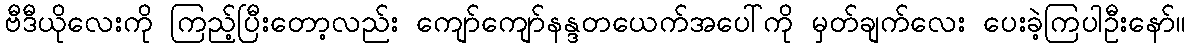
ဗီဒီယိုလေးကို ကြည့်ပြီးတော့လည်း ကျော်ကျော်နန္ဒတယေက်အပေါ်ကို မှတ်ချက်လေး ပေးခဲ့ကြပါဦးနော်။